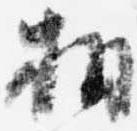
相